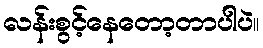
လန်းစွင့်နေတော့တာပါပဲ။